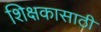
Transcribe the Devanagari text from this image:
शिक्षकासाठी